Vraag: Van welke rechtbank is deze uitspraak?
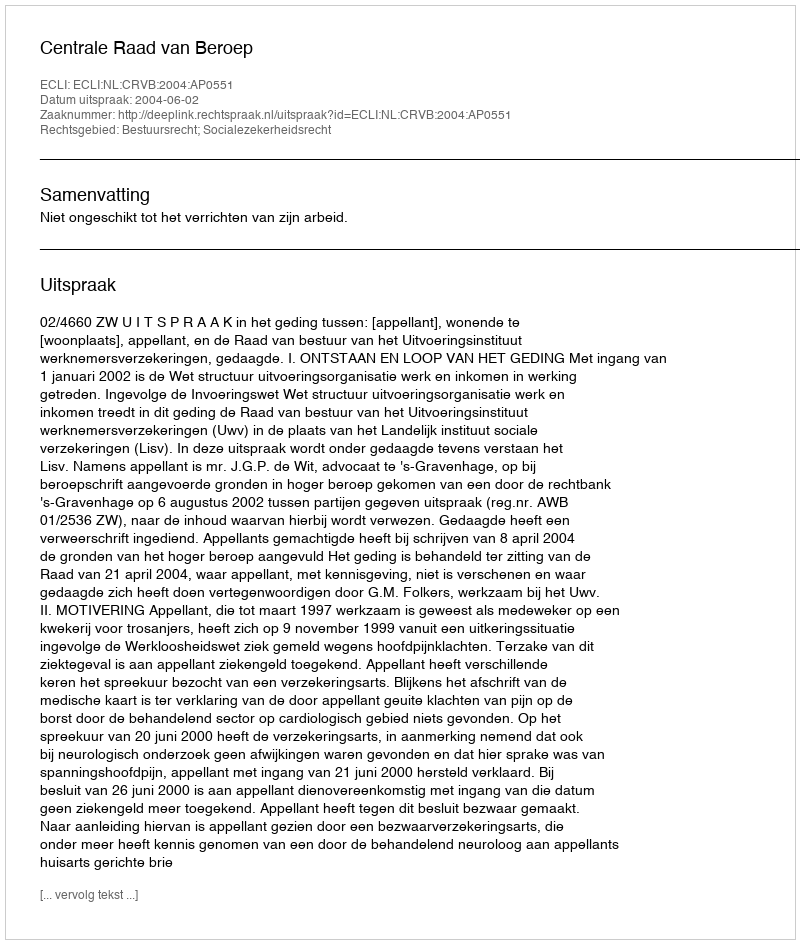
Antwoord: Centrale Raad van Beroep